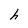
Character: h